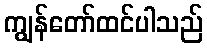
ကျွန်တော်ထင်ပါသည်